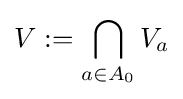
V:=\bigcap _{a\in A_{0}}V_{a}